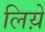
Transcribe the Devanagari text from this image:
लिय़े